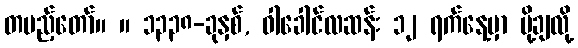
တပည့်တော်။ ။ ၁၃၃၈-ခုနှစ်, ဝါခေါင်လဆန်း ၁၂ ရက်နေ့မှာ ပို့ချလို့